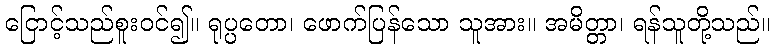
ငြောင့်သည်စူးဝင်၍။ ရုပ္ပတော၊ ဖောက်ပြန်သော သူအား။ အမိတ္တာ၊ ရန်သူတို့သည်။